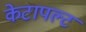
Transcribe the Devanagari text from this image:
केटापल्ट